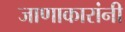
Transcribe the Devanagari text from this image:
जाणाकारांनी